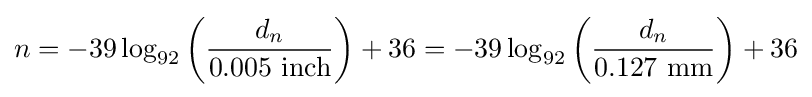
n=-39\log _{92}\left({\frac {d_{n}}{0.005~\mathrm {inch} }}\right)+36=-39\log _{92}\left({\frac {d_{n}}{0.127~\mathrm {mm} }}\right)+36